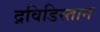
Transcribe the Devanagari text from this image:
द्रविडिस्तान